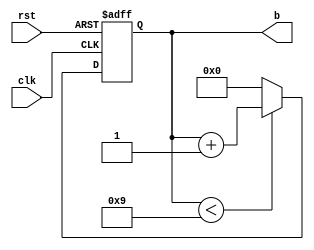
`timescale 1ns / 1ps
//////////////////////////////////////////////////////////////////////////////////
// Company: 
// Engineer: 
// 
// Design Name: 
// Module Name: BCD
// Project Name: 
// Target Devices: 
// Tool Versions: 
// Description: 
// 
// Dependencies: 
// 
// Revision:
// Revision 0.01 - File Created
// Additional Comments:
// 
//////////////////////////////////////////////////////////////////////////////////


module BCD_up(clk,rst,b);
    input clk;
    input rst;
    output [3:0]b;

    reg [3:0]b;
    reg [3:0]b_in;
   
always@*
        b_in = b + 4'b0001;

always@(posedge clk or posedge rst)
    begin
        if(rst)
            b <= 4'b0000;
        else if (b < 4'd9)
            b <= b_in; 
        else
            b <= 4'b0000;
    end
       
endmodule